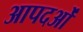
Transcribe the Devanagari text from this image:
आपदओं